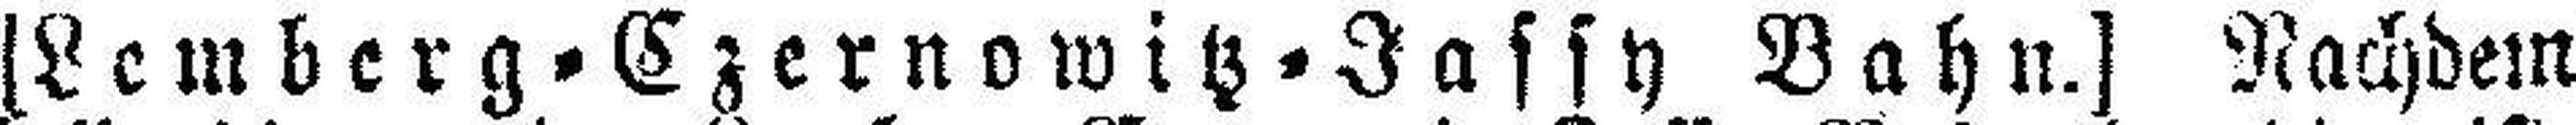
[Lemberg=Czernowitz=Jassy Bahn.] Nachdem